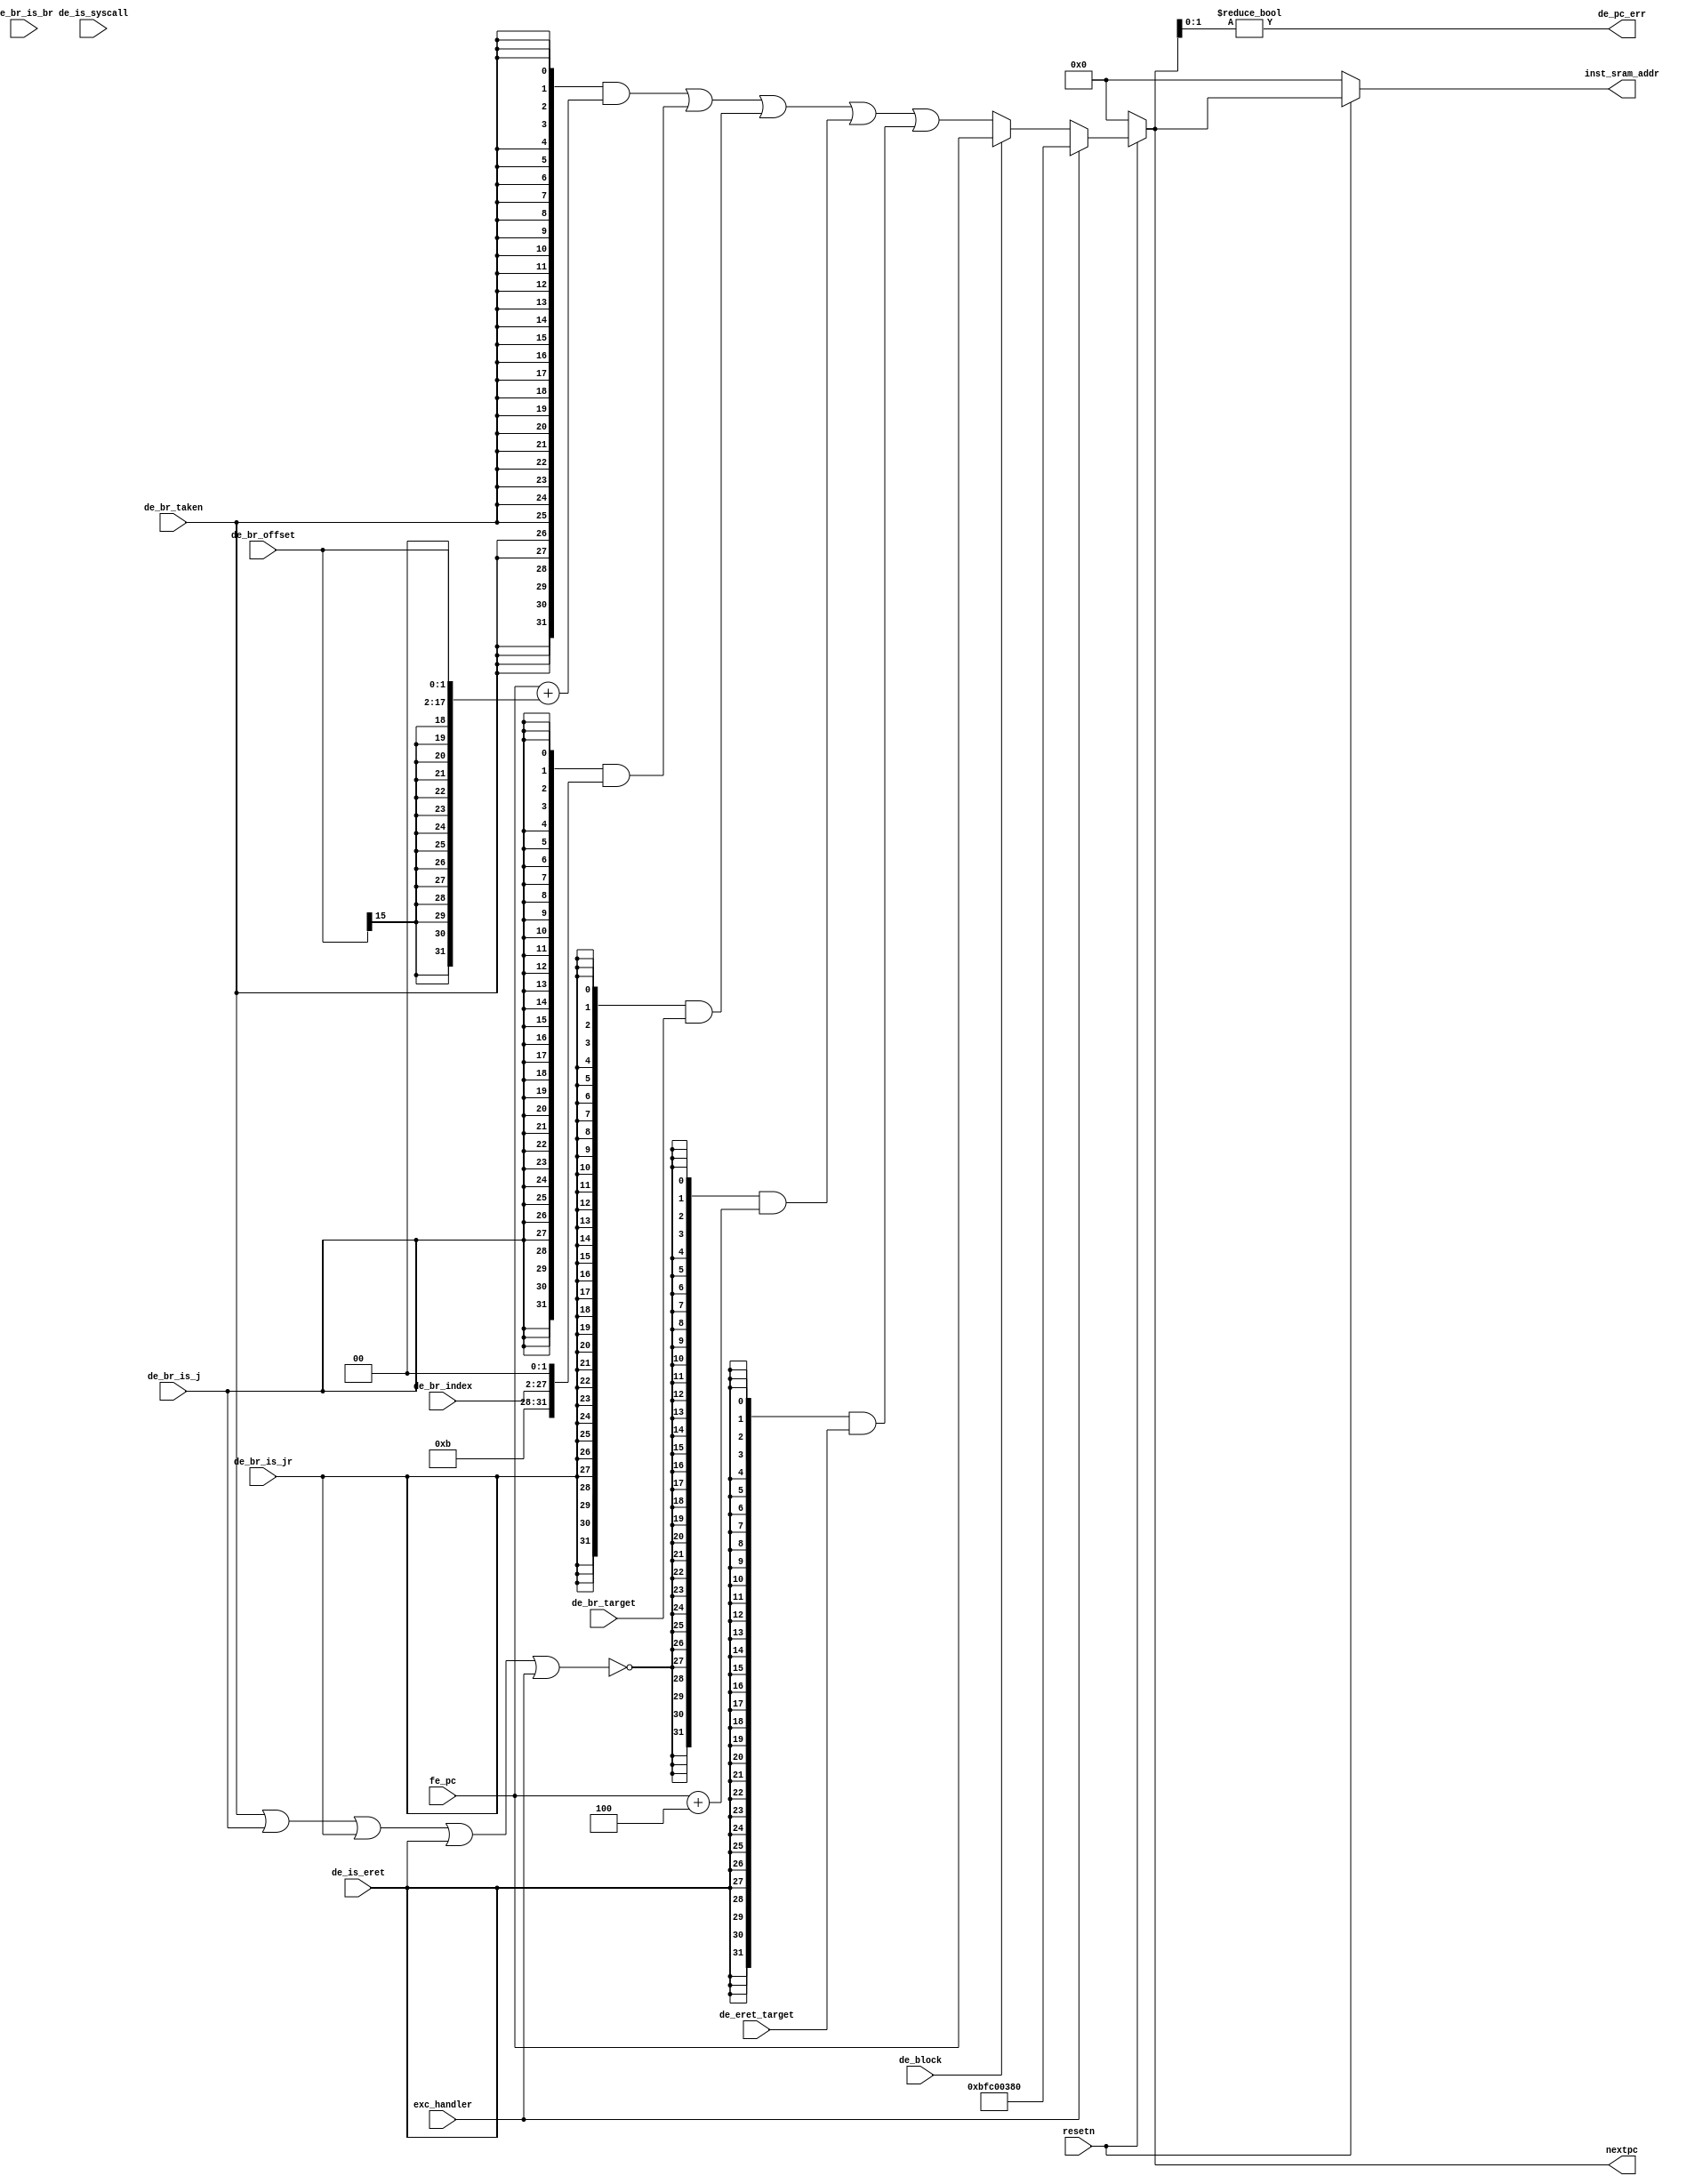
module nextpc_gen(
    input  wire        resetn,

    input  wire [31:0] fe_pc,

    input  wire        de_br_taken,     //1: branch taken, go to the branch target
    input  wire        de_br_is_br,     //1: target is PC+offset
    input  wire        de_br_is_j,      //1: target is PC||offset
    input  wire        de_br_is_jr,     //1: target is GR value
    input  wire [15:0] de_br_offset,    //offset for type "br"
    input  wire [25:0] de_br_index,     //instr_index for type "j"
    input  wire [31:0] de_br_target,    //target for type "jr"

    output wire [31:0] inst_sram_addr,
    output wire [31:0] nextpc,

    input  wire        de_block,

    input  wire        de_is_eret,
    input  wire [31:0] de_eret_target,
    input  wire        de_is_syscall,

    output wire        de_pc_err,
    input  wire        exc_handler
);

    wire nojump;
    wire [31:0] br_target;
    wire [31:0] j_target;
    wire [31:0] C1;
    wire [31:0] C2;
    wire [31:0] C3;
    wire [31:0] C4;
    wire [31:0] C5;
    assign nojump = ~(de_br_taken | de_br_is_j |de_br_is_jr | de_is_eret | exc_handler);  //no need for de_br_is_br?
    assign br_target = fe_pc + {{14{de_br_offset[15]}}, de_br_offset, {2'b00}};
    assign j_target = {{4'hb}, de_br_index, {2'b00}};
    assign C1 = {32{de_br_taken}} & br_target;                 //BNE BEQ
    assign C2 = {32{de_br_is_j }} & j_target;                  //J JAL
    assign C3 = {32{de_br_is_jr}} & de_br_target;              //JR
    assign C4 = {32{nojump     }} & fe_pc + 4;                 //OTHERS
    assign C5 = {32{de_is_eret }} & de_eret_target;            //ERET
 
    assign nextpc = (~resetn) ? 32'b0:
                    (exc_handler)? 32'hbfc00380:
                    (de_block)? fe_pc:
                                C1 | C2 | C3 | C4 | C5 ;                                  
    assign inst_sram_addr = (~resetn) ? 32'b0 : nextpc;

    assign de_pc_err = (nextpc[1:0] != 2'b00);

endmodule //nextpc_gen